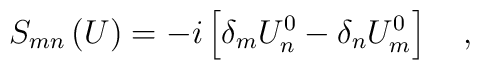
S_{mn}\left( U\right) =-i\left[ \delta _mU_n^0-\delta_nU_m^0\right] \quad ,